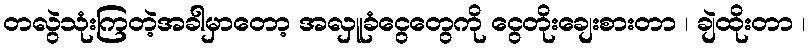
တလွဲသုံးကြတဲ့အခါမှာတော့ အလှူခံငွေတွေကို ငွေတိုးချေးစားတာ ၊ ချဲထိုးတာ ၊